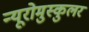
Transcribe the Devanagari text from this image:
न्यूरोमुस्कुलर